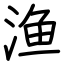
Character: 渔